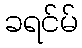
ခရင်မ်